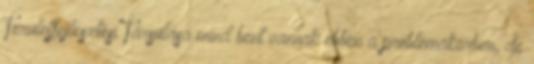
Területfejlesztési Társulása mind bent vannak ebben a problémakörben, de